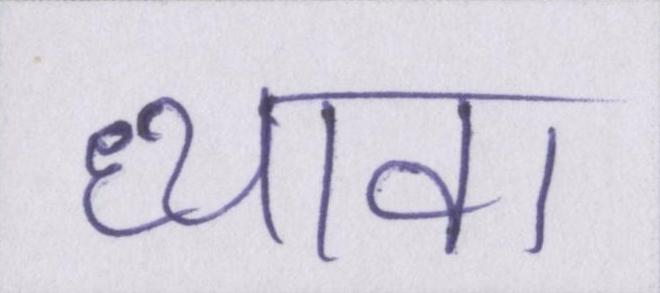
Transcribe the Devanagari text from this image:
ध्यावा